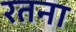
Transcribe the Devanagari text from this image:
रतना